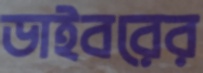
ডাইবরের